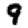
Digit: 9